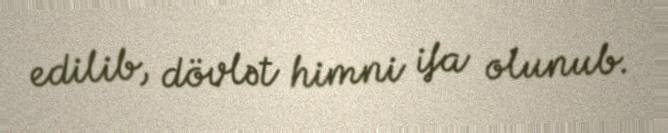
edilib, dövlət himni ifa olunub.